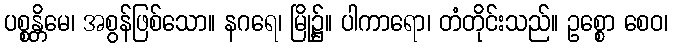
ပစ္စန္တိမေ၊ အစွန်ဖြစ်သော။ နဂရေ၊ မြို့၌။ ပါကာရော၊ တံတိုင်းသည်။ ဥစ္စော စေဝ၊